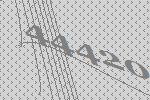
44420